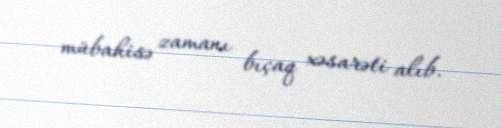
mübahisə zamanı bıçaq xəsarəti alıb.